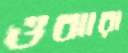
ওঝারা